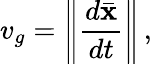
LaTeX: v_{g}=\left\| \frac{d\bar{\mathbf x}}{dt}\right\| \, ,